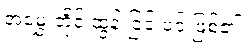
အမွှေးတိုင် ထွန်းခြင်းပင် ဖြစ်၏။